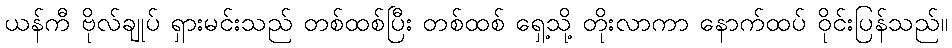
ယန်ကီ ဗိုလ်ချုပ် ရှားမင်းသည် တစ်ထစ်ပြီး တစ်ထစ် ရှေ့သို့ တိုးလာကာ နောက်ထပ် ဝိုင်းပြန်သည်။